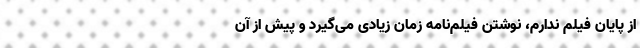
از پایان فیلم ندارم، نوشتن فیلم‌نامه زمان زیادی می‌گیرد و پیش از آن